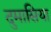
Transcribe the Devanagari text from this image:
दुमासिया